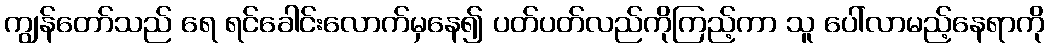
ကျွန်တော်သည် ရေ ရင်ခေါင်းလောက်မှနေ၍ ပတ်ပတ်လည်ကိုကြည့်ကာ သူ ပေါ်လာမည့်နေရာကို